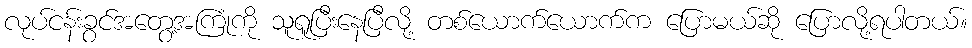
လုပ်ငန်းခွင်အတွေ့အကြုံကို သူရူပြီးနေပြီလို့ တစ်ယောက်ယောက်က ပြောမယ်ဆို ပြောလို့ရပါတယ်။